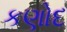
કણોદ